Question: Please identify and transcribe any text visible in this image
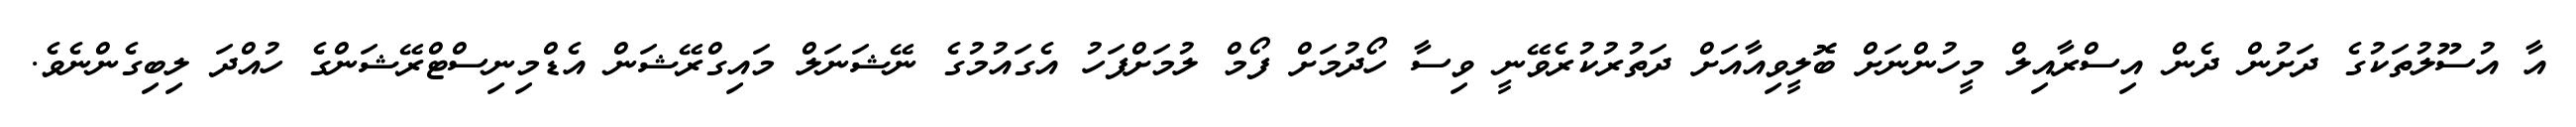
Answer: އާ އުސޫލުތަކުގެ ދަށުން ދެން އިސްރާއިލް މީހުންނަށް ބޮލީވިއާއަށް ދަތުރުކުރެވޭނީ ވިސާ ހޯދުމަށް ފޯމް ލުމަށްފަހު އެގައުމުގެ ނޭޝަނަލް މައިގްރޭޝަން އެޑްމިނިސްޓްރޭޝަންގެ ހުއްދަ ލިބިގެންނެވެ.